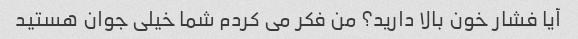
آیا فشار خون بالا دارید؟ من فکر می کردم شما خیلی جوان هستید